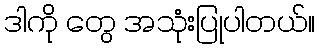
ဒါကို တွေ အသုံးပြုပါတယ်။